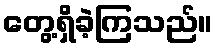
တွေ့ရှိခဲ့ကြသည်။